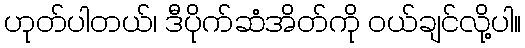
ဟုတ်ပါတယ်၊ ဒီပိုက်ဆံအိတ်ကို ဝယ်ချင်လို့ပါ။